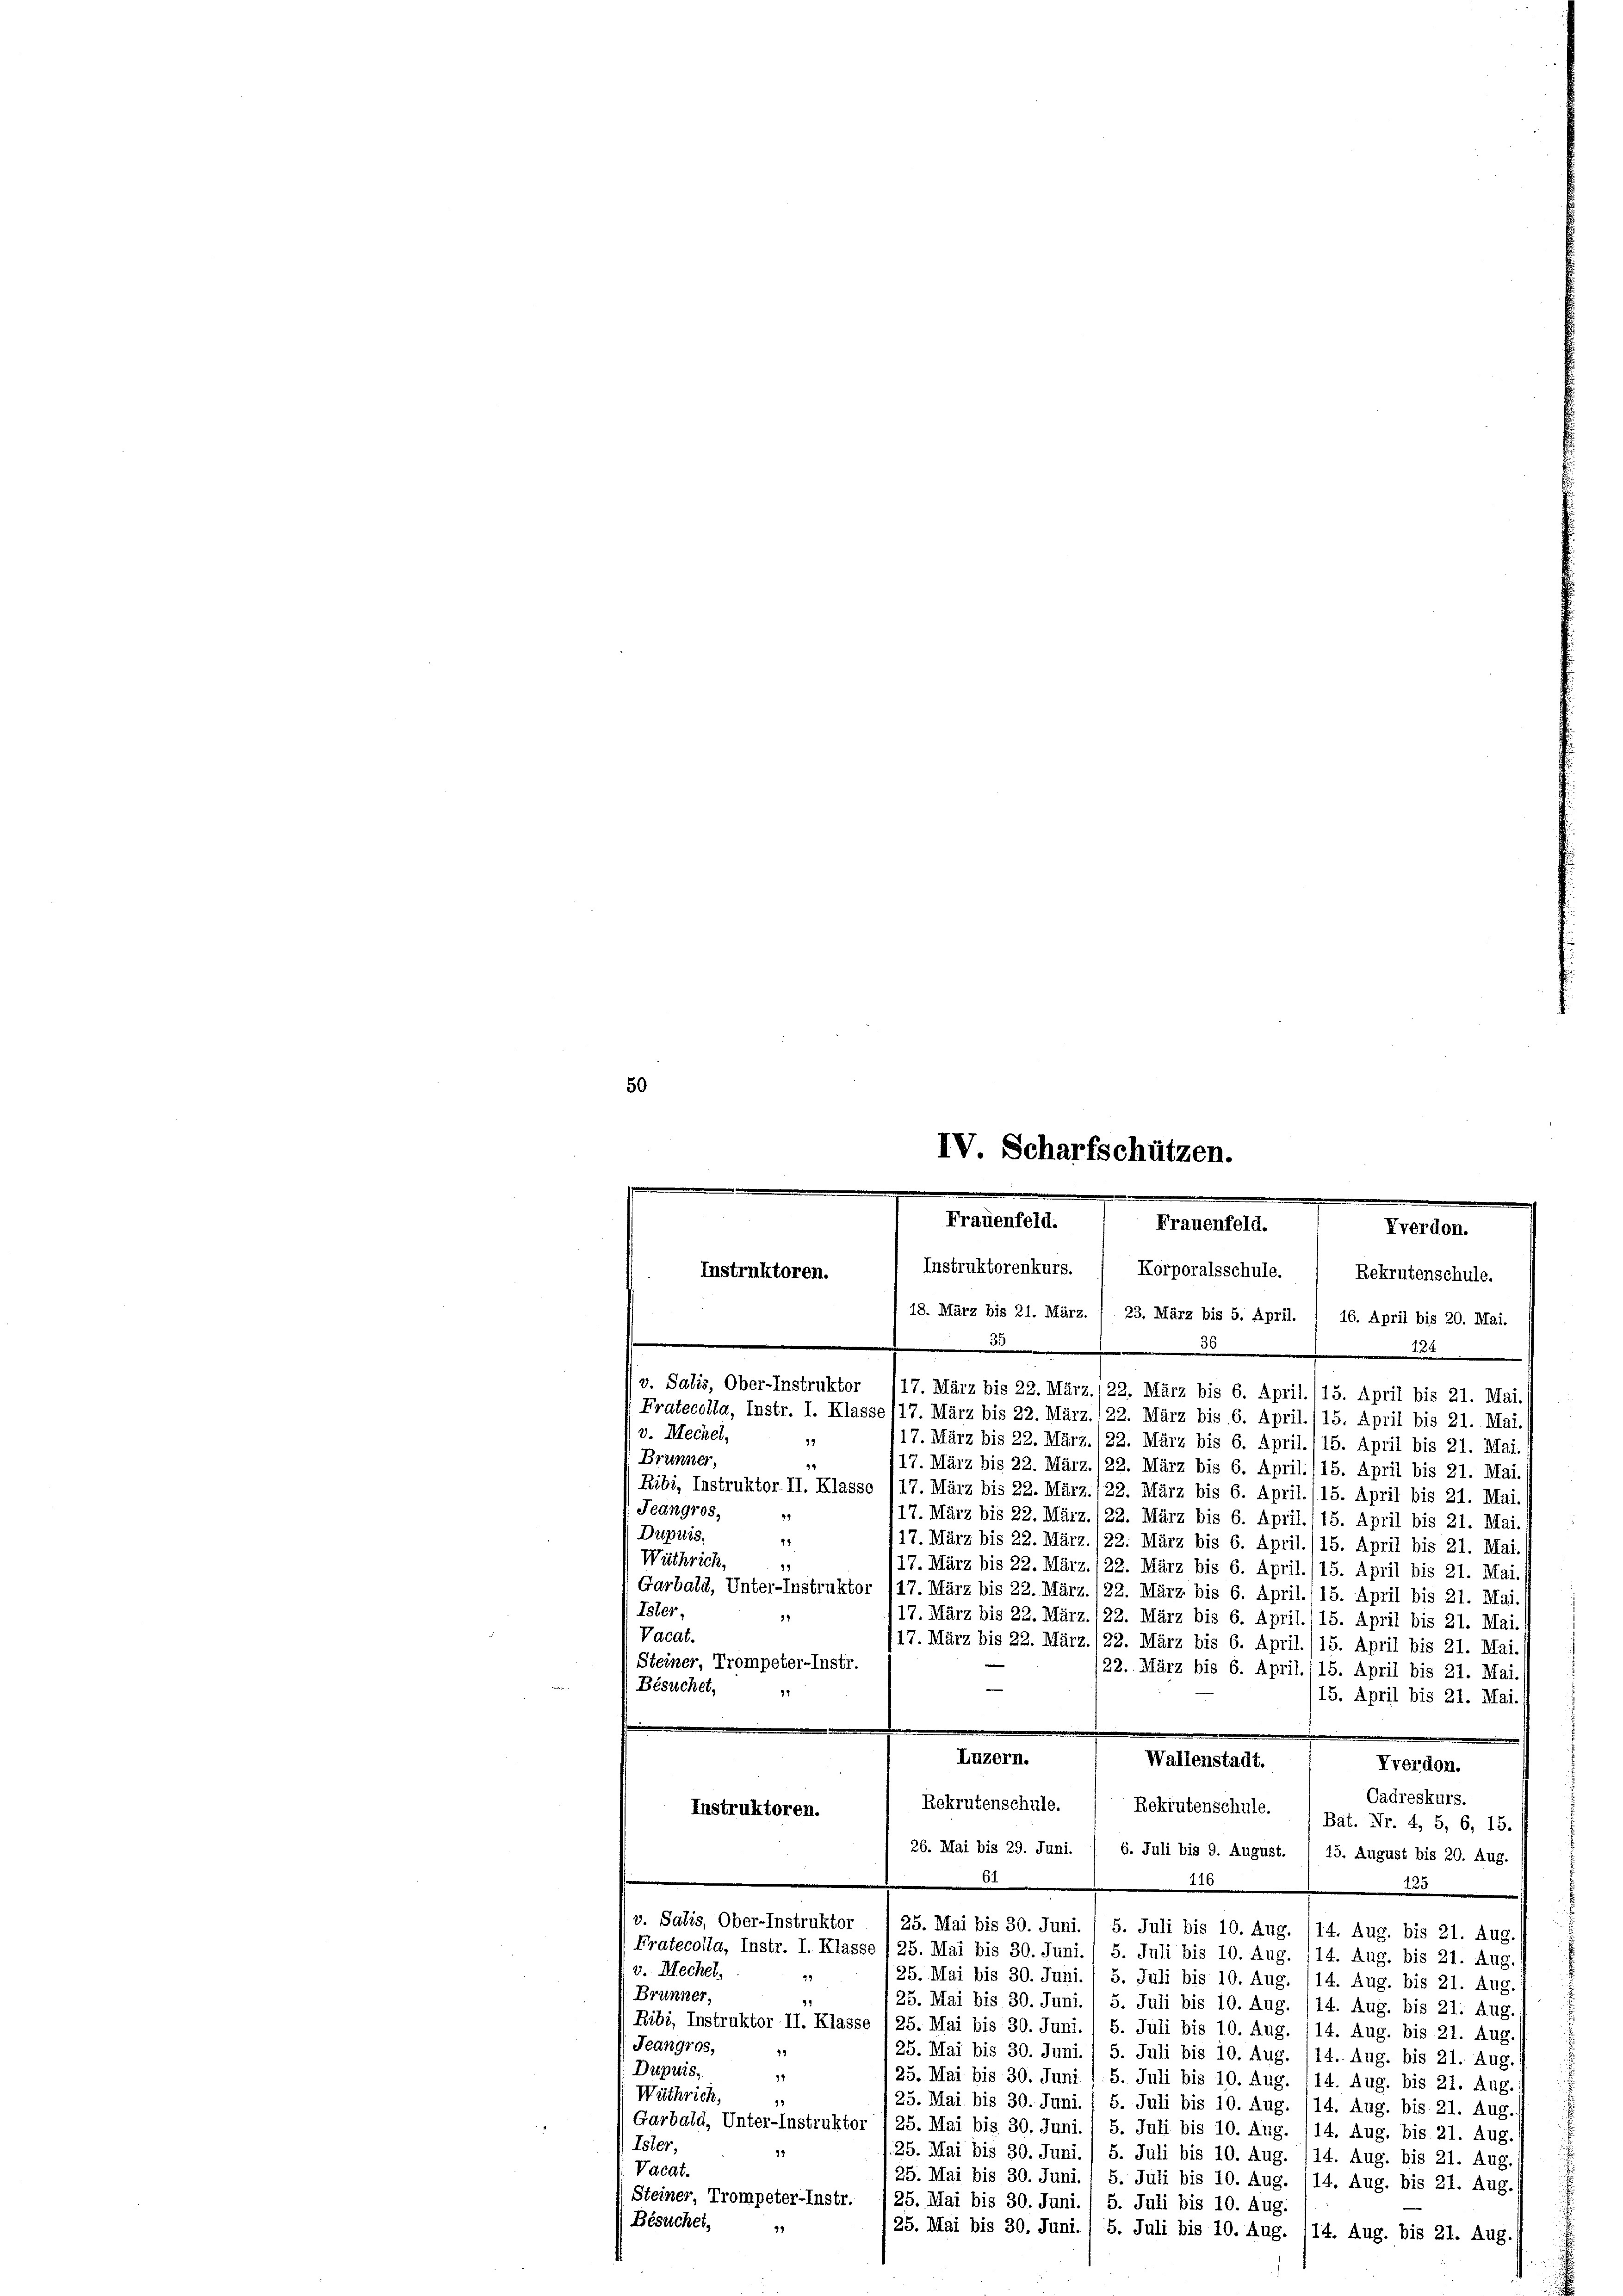
36
124
v. Salis, Ober-Instruktor /17. März bis 22. März. 122. März bis 6. April. 115. April bis 21. Mai.
Fratecolla, Instr. I. Klasse (17. März bis 22. März. /22. März bis 6. April./15. April bis 21. Mai.
v. Mechel,
19
17. März bis 22. März. 122. März bis 6. April.115. April bis 21. Mai.
Brunner,
99
17. März bis 22. März. /22. März bis 6. April. (15. April bis 21. Mai.
Ribi, Instruktor II. Klasse (17. März bis 22. März. /22. März bis 6. April. (15. April bis 21. Mai,
Jeangros,
49
17. März bis 22. März./22. März bis 6. April. (15. April bis 21. Mai.
Dupuis,
49
17. März bis 22. März. /22. März bis 6. April. (15. April bis 21. Mai.
Wüthrich,
79
117. März bis 22. März. /22. März bis 6. April./15. April bis 21. Mai
Garbald, Unter-Instruktor 117. März bis 22. März. /22. März bis 6. April. 15. April bis 21. Mai./
Ister,
117. März bis 22. März. 122. März bis 6. April. 115. April bis 21. Mai
Vacat.
17. März bis 22. März. 122. März bis 6. April. (15. April bis 21. Mai.
(Steiner, Trompeter-Instr.
/22. März bis 6. April./15. April bis 21. Mai.)
Besuchet,
99
15. April bis 21. Mai./
Luzern.
Wallenstadt.
Vverdon.
Cadreskurs.
Instruktoren.
Rekrutenschule. " Rekrutenschule. 1 Bat. Nr. 4, 5, 6, 15.
26. Mai bis 29. Juni. / 6. Juli bis 9. August. / 15. August bis 20. Aug.
6
110
223
v. Salis, Ober-Instruktor / 25. Mai bis 30. Juni. / 5. Juli bis 10. Aug. 114. Aug. bis 21. Aug.
Pratecolla, Instr. I. Klasse (25. Mai bis 30. Juni. / 5. Juli bis 10. Aug. 114. Aug. bis 21. Aug.
v. Mechel,
49
25. Mai bis 30. Juni. / 5. Juli bis 10. Aug. /14. Aug. bis 21. Aug.
(Brunner,
.
25. Mai bis 30. Juni. / 5. Juli bis 10. Aug. /14. Aug. bis 21. Aug.
Ribi, Instruktor II. Klasse /25. Mai bis 30. Juni. 1 5. Juli bis 10. Aug. 114. Aug. bis 21. Aug.
Jeangros,
93
25. Mai bis 30. Juni. / 5. Juli bis 10. Aug. /14. Aug. bis 21. Aug.1
Dupuis,
99
25. Mai bis 30. Juni l. 5. Juli bis 10. Aug. (14. Aug. bis 21. Aug.
Wäthrich,
19
25. Mai bis 30. Juni. 1 5. Juli bis 10. Aug. /14. Aug. bis 21. Aug.
Garbald, Unter-Instruktor 125. Mai bis 30. Juni. / 5. Juli bis 10. Aug. 114. Aug. bis 21. Aug.
Isler,
97
/25. Mai bis 30. Juni. / 5. Juli bis 10. Aug. 114. Aug. bis 21. Aug.
Vacat.
25. Mai bis 30. Juni. / 5. Juli bis 10. Aug. /14. Aug. bis 21. Aug.
Steiner, Trompeter-Instr.
25. Mai bis 30. Juni. / 5. Juli bis 10. Aug.
Besuchet,
99
(25. Mai bis 30. Juni. / 5. Juli bis 10. Aug. /14. Aug. bis 21. Aug.

50

IV. Scharfschützen.
Frauenfeld.
Frauenfeld.
Kverdon.
Instruktorenkurs.
Korporalsschule.
Instruktoren.
Rekrutenschule.
18. März bis 21. März. / 23. März bis 5. April. 1 16. April bis 20. Mai.